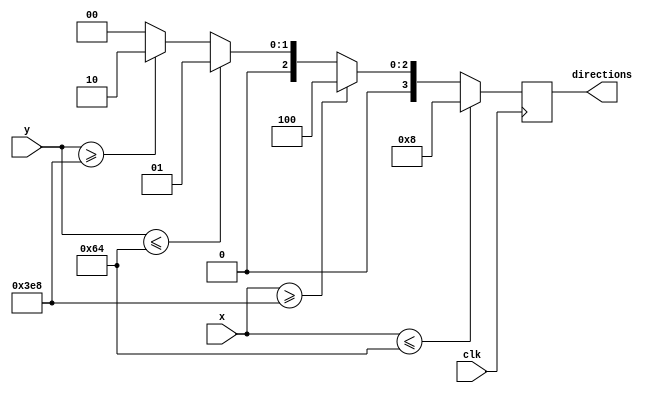

module joystick_to_movement(x, y, directions, clk);
  input [9:0] x, y; // joystick positions
  output reg [3:0] directions; // cursor movements
  input clk; // clock signal
  
  // assign dx and dy based on x and y values
  always @(posedge clk) begin
    if (x <= 100) directions <= 4'b1000;
    else if (x >= 1000) directions <= 4'b0100;    
    else if (y <= 100) directions <= 4'b0001;
    else if (y >= 1000) directions <= 4'b0010;
    else directions <= 4'b0000; 
    
  end
  
endmodule